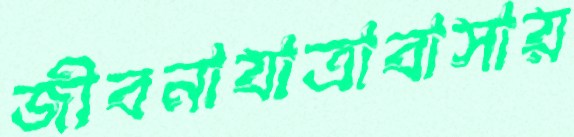
জীবনাযাত্রাবাসায়